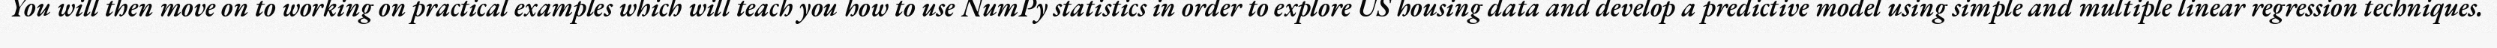
You will then move on to working on practical examples which will teach you how to use NumPy statistics in order to explore US housing data and develop a predictive model using simple and multiple linear regression techniques.